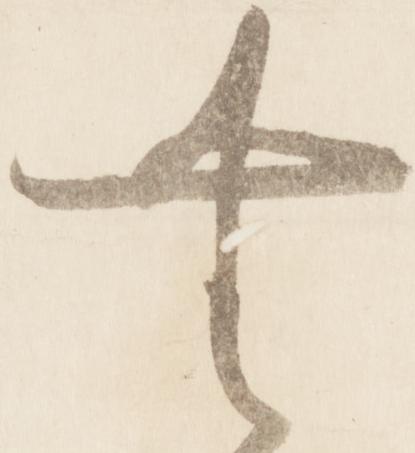
無